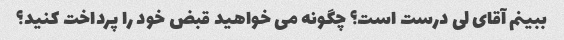
ببینم آقای لی درست است؟ چگونه می خواهید قبض خود را پرداخت کنید؟